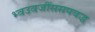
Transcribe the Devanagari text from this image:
भ्वउवजींससपबद्ध